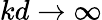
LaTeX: kd\to\infty